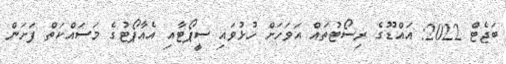
ބަޖެޓް 2022: އައްޑޫގެ ރިސޯޓުތައް އަވަހަށް ހުޅުވައި ސީޕޯޓާއި އެއާޕޯޓުގެ މަސައްކަތް ފަށަން